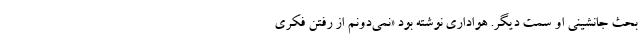
بحث جانشینی او سمت دیگر. هواداری نوشته بود «نمی‌دونم از رفتن فکری